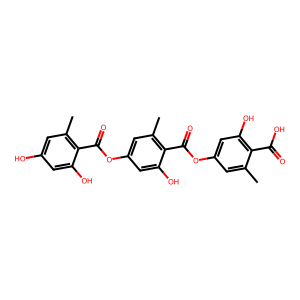
SMILES: Cc1cc(OC(=O)c2c(C)cc(OC(=O)c3c(C)cc(O)cc3O)cc2O)cc(O)c1C(=O)O
Inhibits HIV replication: No